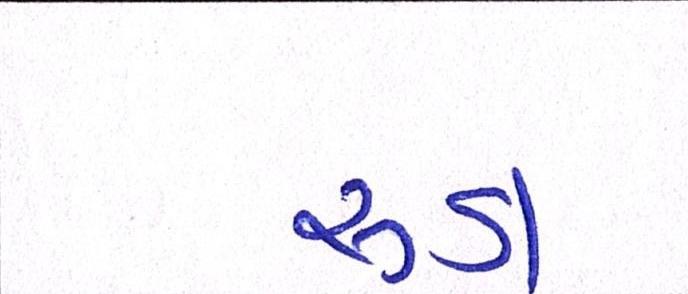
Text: રૂડા